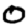
Digit: 0